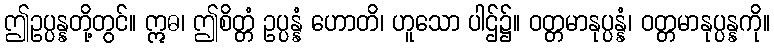
ဤဥပ္ပန္နတို့တွင်။ ဣဓ၊ ဤစိတ္တံ ဥပ္ပန္နံ ဟောတိ၊ ဟူသော ပါဌ်၌။ ဝတ္တမာနုပ္ပန္နံ၊ ဝတ္တမာနုပ္ပန္နကို။